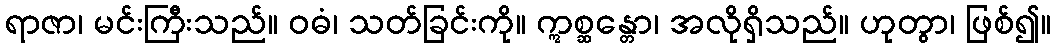
ရာဇာ၊ မင်းကြီးသည်။ ဝဓံ၊ သတ်ခြင်းကို။ ဣစ္ဆန္တော၊ အလိုရှိသည်။ ဟုတွာ၊ ဖြစ်၍။